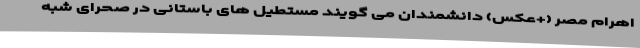
اهرام مصر (+عکس) دانشمندان می گویند مستطیل های باستانی در صحرای شبه